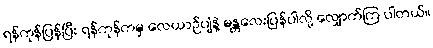
ရန်ကုန်ပြန်ပြီး ရန်ကုန်ကမှ လေယာဉ်ပျံနဲ့ မန္တလေးပြန်ပါလို့ လျှောက်ကြ ပါတယ်။